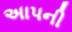
અાપની